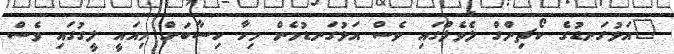
"އަޅުގަނޑުގެ ކޯޗިންގް ލެވެލްގައި ވެސް އަޅުގަނޑުމެން މިހާ ހިސާބަށް މިއައީ ލީގުގައި ވެސް